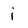
Character: i